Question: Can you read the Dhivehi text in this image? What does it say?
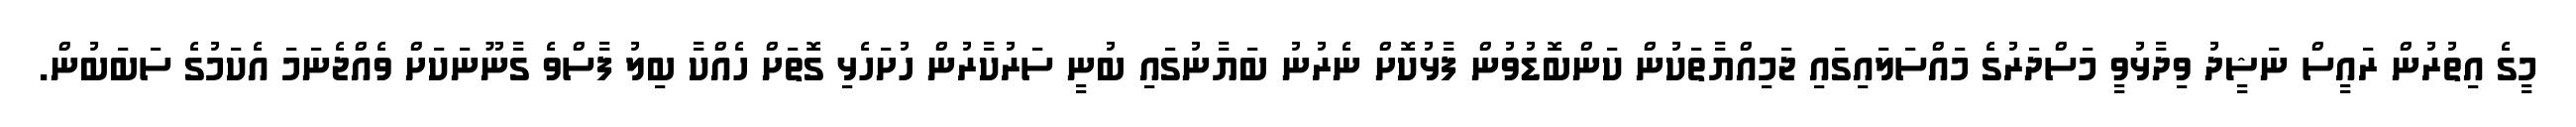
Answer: މީގެ އިތުރުން ރައީސް ނަޝީދު ވިދާޅުވީ މަސްދަރުގެ މައްސަލައިގައި ޖަމިއްޔާތަކުން ކަންބޮޑުވުން ފާޅުކޮށް ނެރުނު ބަޔާނުގައި ބުނީ ސަރުކާރުން ހުށަހެޅި ގޮތަށް ހެއްކާ ބިލު ފާސްވެ ގާނޫނަކަށް ވެއްޖެނަމަ އެކަމުގެ ސަބަބުން.